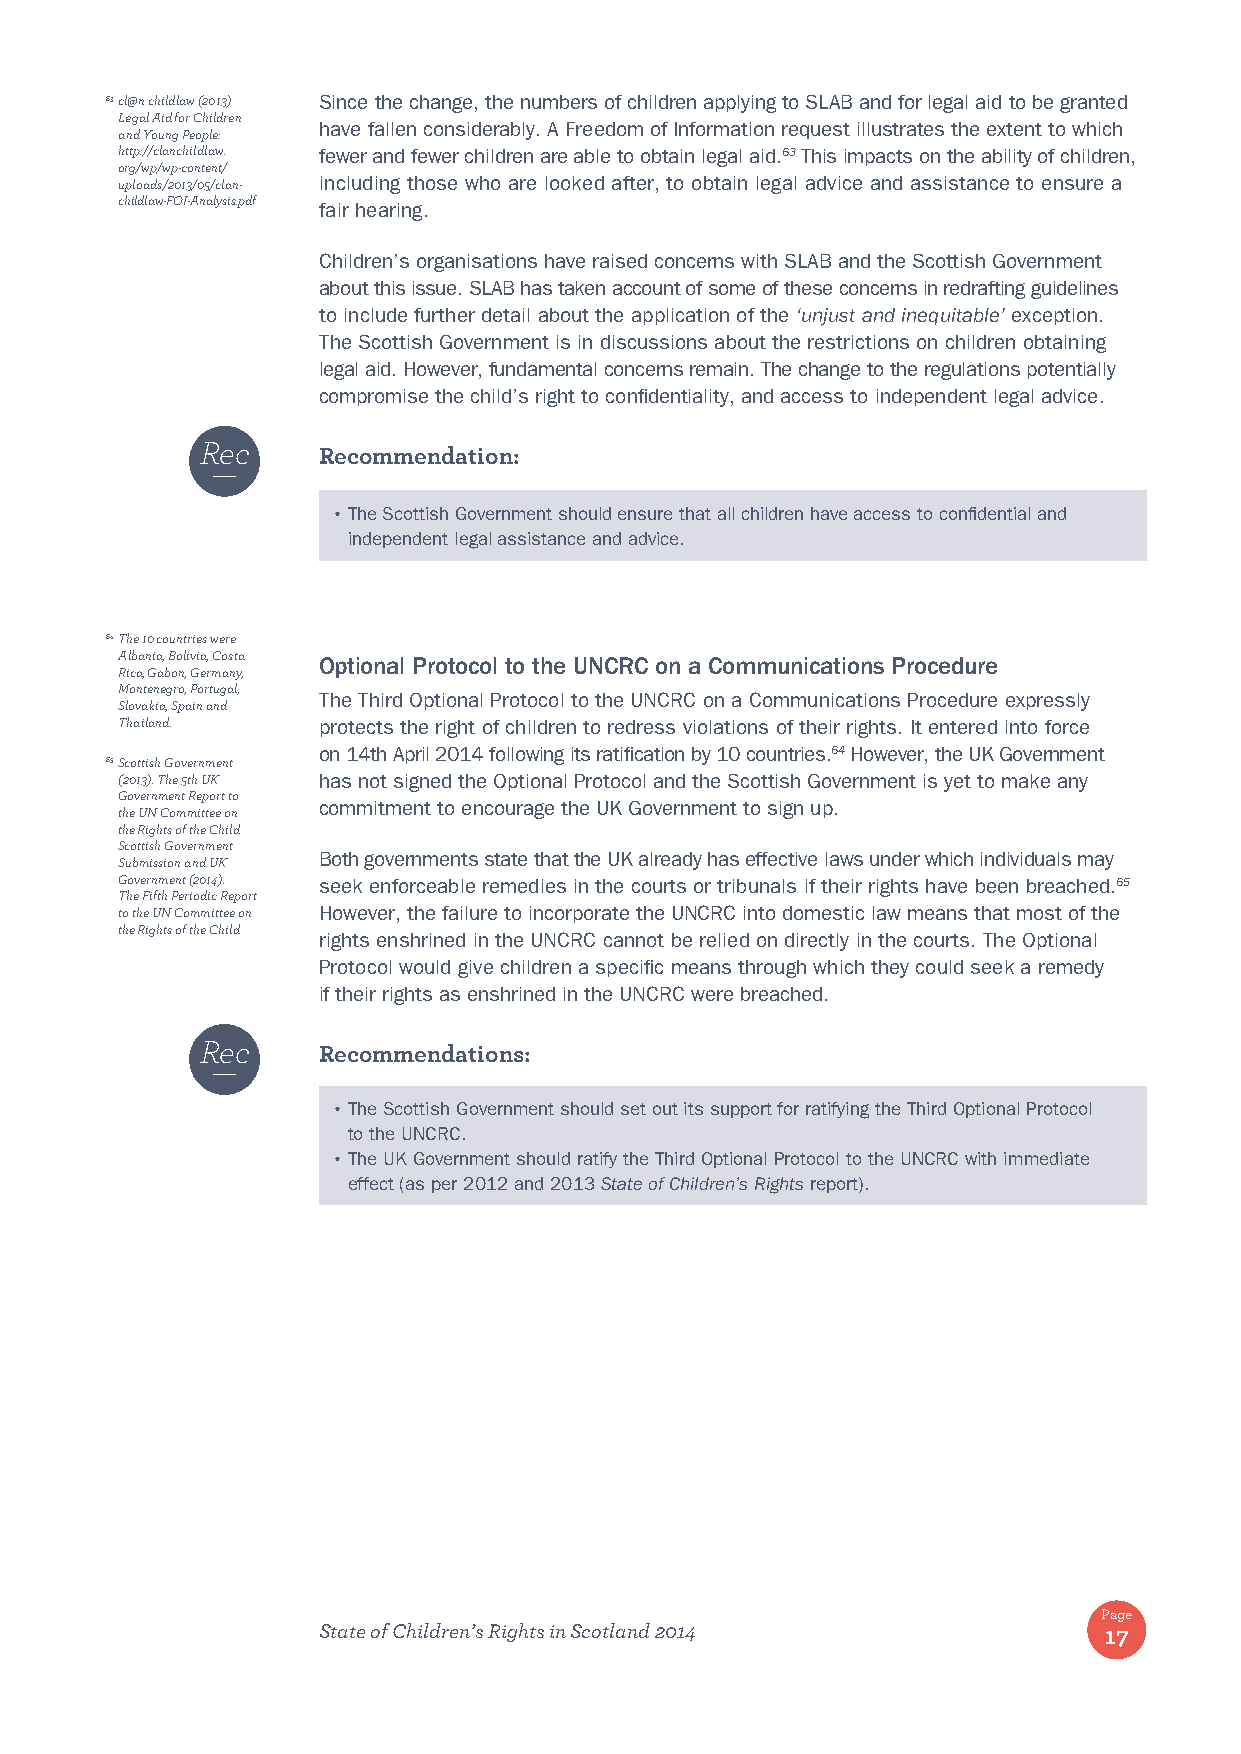
63 cl@n childlaw (2013) Since the change, the numbers of children applying to SLAB and for legal aid to be granted
 Legal Aid for Children
 have fallen considerably. A Freedom of Information request illustrates the extent to which
 and Young People:
 http://clanchildlaw. fewer and fewer children are able to obtain legal aid.63 This impacts on the ability of children,
 org/wp/wp-content/
 uploads/2013/05/clan- including those who are looked after, to obtain legal advice and assistance to ensure a
 childlaw-FOI-Analysis.pdf
 fair hearing.
 Children’s organisations have raised concerns with SLAB and the Scottish Government
 about this issue. SLAB has taken account of some of these concerns in redrafting guidelines
 to include further detail about the application of the ‘unjust and inequitable’ exception.
 The Scottish Government is in discussions about the restrictions on children obtaining
 legal aid. However, fundamental concerns remain. The change to the regulations potentially
 compromise the child’s right to confidentiality, and access to independent legal advice.
 Rec
 Recommendation:
 • The Scottish Government should ensure that all children have access to confidential and
 independent legal assistance and advice.
 64 The 10 countries were
 Albania, Bolivia, Costa Optional Protocol to the UNCRC on a Communications Procedure
 Rica, Gabon, Germany,
 Montenegro, Portugal,
 The Third Optional Protocol to the UNCRC on a Communications Procedure expressly
 Slovakia, Spain and
 Thailand.    protects the right of children to redress violations of their rights. It entered into force
 on 14th April 2014 following its ratification by 10 countries.64 However, the UK Government
 65 Scottish Government
 (2013). The 5th UK has not signed the Optional Protocol and the Scottish Government is yet to make any
 Government Report to
 commitment to encourage the UK Government to sign up.
 the UN Committee on
 the Rights of the Child
 Scottish Government
 Both governments state that the UK already has effective laws under which individuals may
 Submission and UK
 Government (2014). seek enforceable remedies in the courts or tribunals if their rights have been breached.65
 The Fifth Periodic Report
 to the UN Committee on However, the failure to incorporate the UNCRC into domestic law means that most of the
 the Rights of the Child
 rights enshrined in the UNCRC cannot be relied on directly in the courts. The Optional
 Protocol would give children a specific means through which they could seek a remedy
 if their rights as enshrined in the UNCRC were breached.
 Rec
 Recommendations:
 • The Scottish Government should set out its support for ratifying the Third Optional Protocol
 to the UNCRC.
 • The UK Government should ratify the Third Optional Protocol to the UNCRC with immediate
 effect (as per 2012 and 2013 State of Children’s Rights report).
 Page
 State of Children’s Rights in Scotland 2014         17